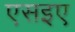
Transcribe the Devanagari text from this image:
एसइए